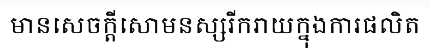
មានសេចក្តីសោមនស្សរីករាយក្នុងការផលិត